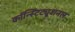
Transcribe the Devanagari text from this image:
कॉन्स्टिट्यूशनल